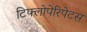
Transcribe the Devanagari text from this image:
टिफ्लोपेरिपेटस